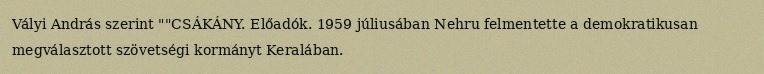
Vályi András szerint ""CSÁKÁNY. Előadók. 1959 júliusában Nehru felmentette a demokratikusan megválasztott szövetségi kormányt Keralában.